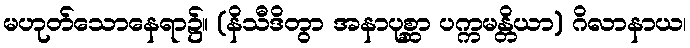
မဟုတ်သောနေရာ၌။ (နိသီဒိတွာ အနာပုစ္ဆာ ပက္ကမန္တိယာ) ဂိလာနာယ၊